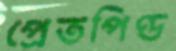
প্রেতপিণ্ড